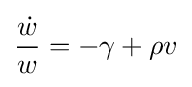
{\frac {\dot {w}}{w}}=-\gamma +\rho v